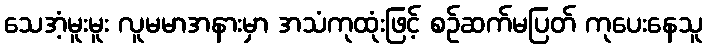
သေအံ့မူးမူး လူမမာအနားမှာ အသံကုထုံးဖြင့် စဉ်ဆက်မပြတ် ကုပေးနေသူ